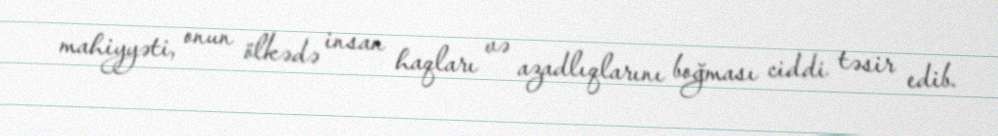
mahiyyəti, onun ölkədə insan haqları və azadlıqlarını boğması ciddi təsir edib.